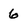
Character: 6